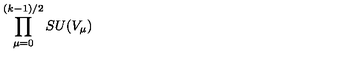
\prod _ { \mu = 0 } ^ { ( k - 1 ) / 2 } S U ( V _ { \mu } )